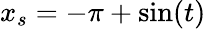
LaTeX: x_{s}=-\pi+\mathrm{sin}(t)